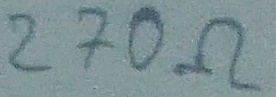
Text: 270Ω